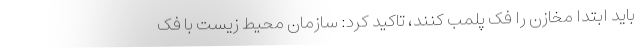
باید ابتدا مخازن را فک پلمب کنند، تاکید کرد: سازمان محیط زیست با فک